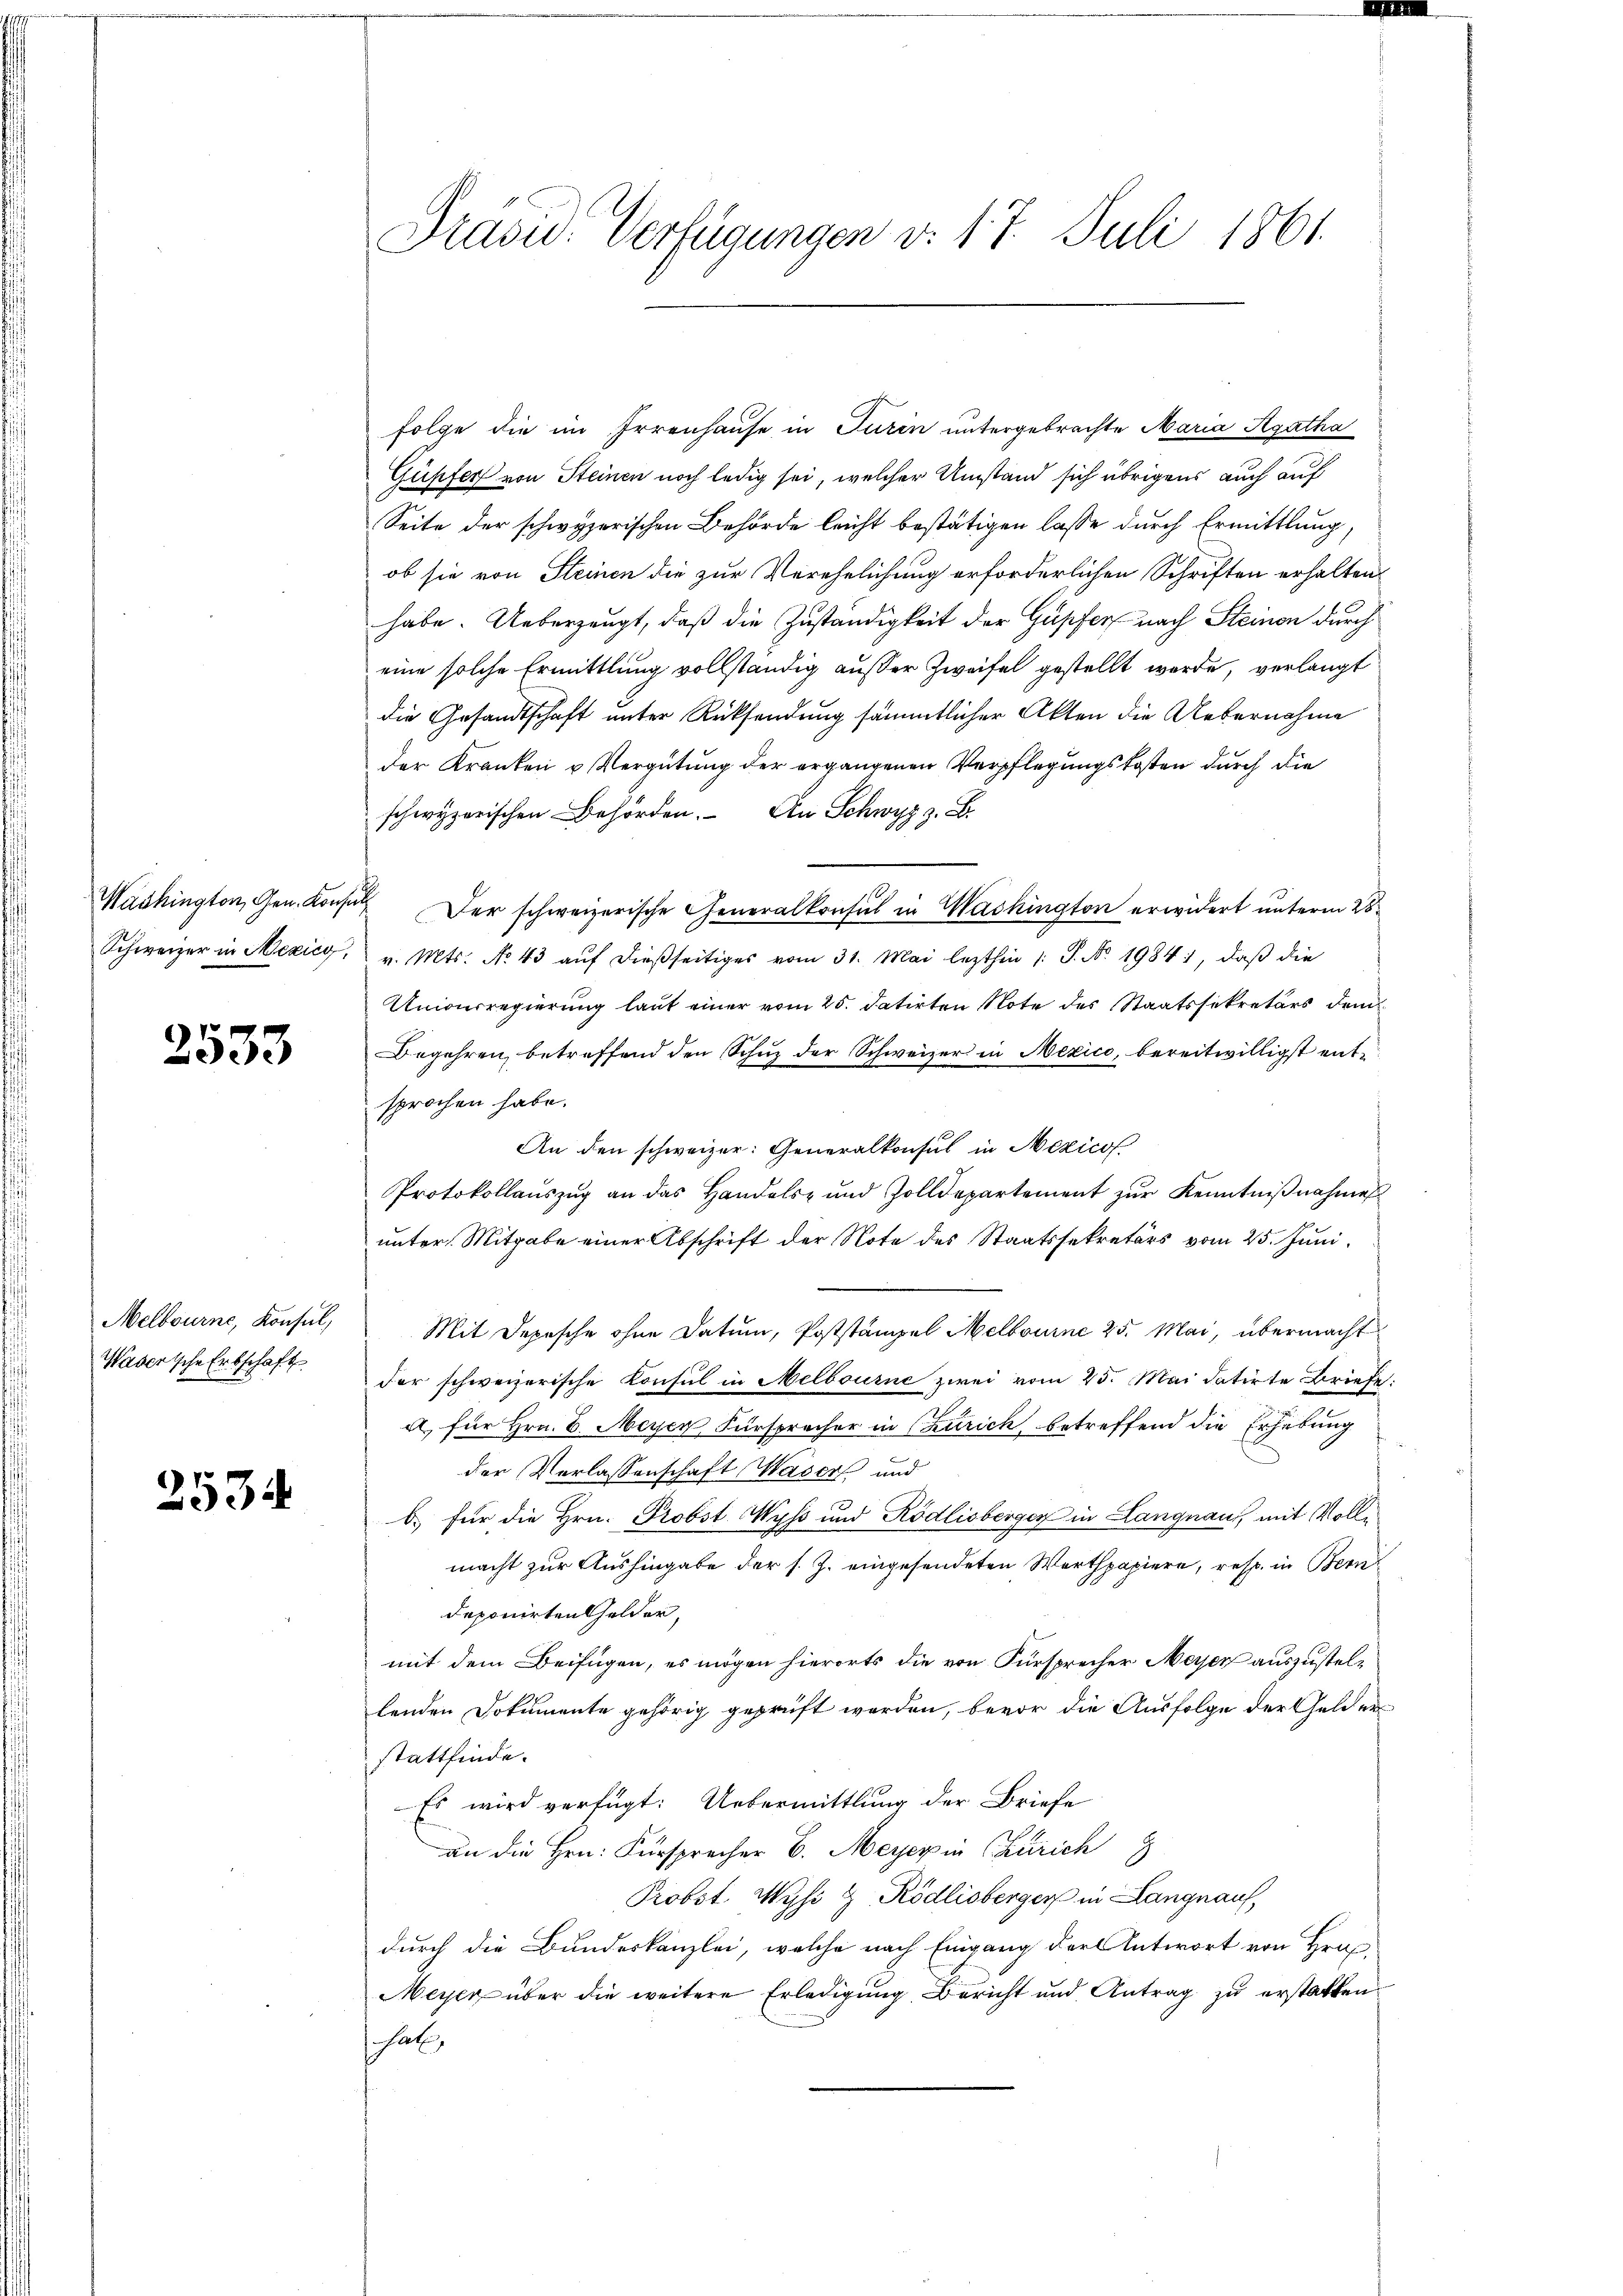
Washington, Gen. Konse
Schweizer in Nezico,

1
ede

Melbourne, Konsul,
Waserische Erbschaft

2534

Präsid. Verfügungen v. 17. Juli 1861.

folge die im Irrenhause in Turin untergebrachte Maria Agatha
Güpfer von Steinen noch ledig sei, welcher Umstand sich übrigens auch auf
Seite der schwyzerischen Behörde leicht bestätigen lasse durch Ermittlung,
ob sie von Steinen die zur Verehelichung erforderlichen Schriften erhalten.
habe. Ueberzeugt, daß die Zuständigkeit der Gupfer nach Steinen durch
eine solche Ermittlung vollständig außer Zweifel gestellt werde, verlangt
die Gesandtschaft unter Rücksendung sämmtlicher Akten die Uebernahme
der Kranken u Vergütung der ergangenen Verpflegungskosten durch die
.
i
Der schweizerische Generalkonsul in Washington erwidert unterm 28.
v. Mts. No 43 auf dießseitiges vom 31. Mai lezthin 1: P. No. 1984), daß die
Unionrregierung laut einer vom 25. datirten Note des Staatssekretärs dem
Begehren betreffend den Schuz der Schweizer in Mexico, bereitwilligst entsprochen habe.
An den schweizer: Generalkonsul in Mexicof
Protokollaŭszŭg an das Handels- und Zolldepartement zŭr Kenntniβnahme
unter Mitgabe einer Abschrift der Note des Staatssekretärs vom 25. Juni
Mit Depesche ohne Datum, Poststämpel Melbourne 25. Mai, übermacht
der schweizerische Konsul in Melbourne zwei vom 25. Mai datirte Briefe
a, für Hrn. E. Meyer Fürsprecher in Curich, betreffend die Erhebung
der Verlassenschaft Wasers und
b. für die Hrn. Probst Wyss und Rödlisberger in Langnau, mit Vollmacht zur Aushingabe der s. Z. eingesendeten Werthpapiere, resp. in Bern
deponirten Gelder,
mit dem Beifügen, es mögen hierorts die von Fürsprecher Meyer auszustellenden Dokumente gehörig geprüft worden, bevor die Ausfolge der Gelderstattfinde.
Es wird verfügt: Uebermittlung der Briefe
an die Hrn. Fürsprecher B. Meyer in Zürich
g
Probst Wyss Z Rödlisbergers in Langnauf,
durch die Bundeskanzlei, welche nach Eingang der Antwort von Hrn
Meyer über die weitere Erledigung Bericht und Antrag zu erstatten.
shal